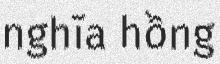
nghĩa hồng